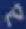
p